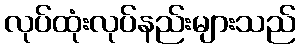
လုပ်ထုံးလုပ်နည်းများသည်